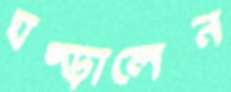
ঘষ্‌ড়ালেন